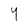
Character: 4